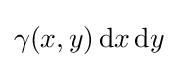
\gamma (x,y)\,\mathrm {d} x\,\mathrm {d} y